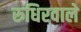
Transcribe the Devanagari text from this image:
रुधिरवाले